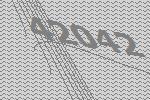
42042